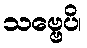
သဗ္ဗေပိ၊